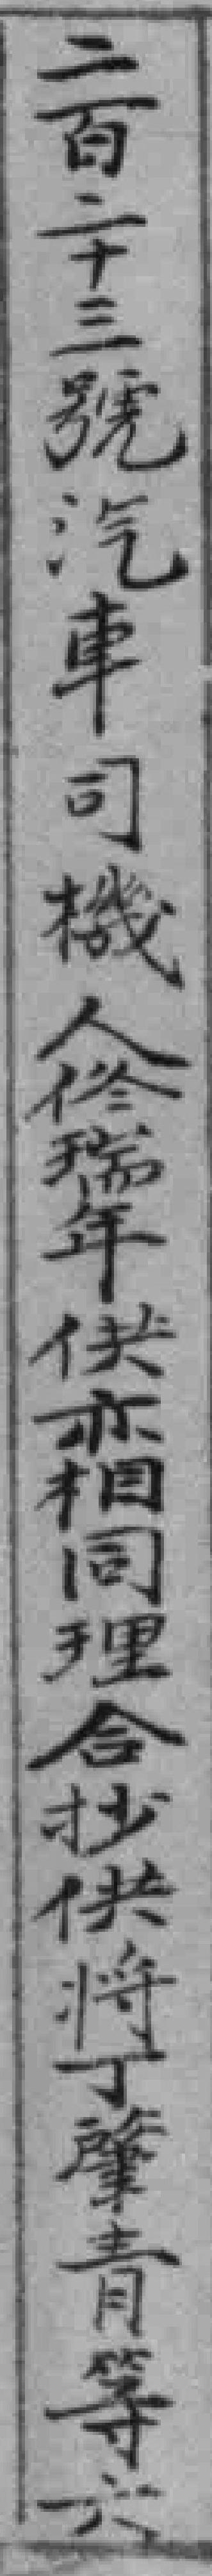
二百二十三號汽車司機人佟瑞年供亦相同理合抄供將丁肇青等六